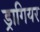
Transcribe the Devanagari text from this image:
ड्रागियर